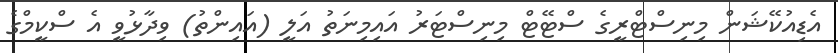
އެޑިއުކޭޝަން މިނިސްޓްރީގެ ސްޓޭޓް މިނިސްޓަރު އައިމިނަތު އަލީ (އައިންތު) ވިދާޅުވީ އެ ސްކީމްގެ